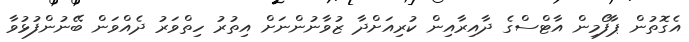
އެގޮތުން ޕާފޯމިން އާޓްސްގެ ދާއިރާއިން ކުރިއަށްދާ ޒުވާނުންނަށް އިތުރު ހިތްވަރު ދެއްވަން ބޭނުންފުޅުވާ